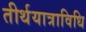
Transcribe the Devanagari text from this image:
तीर्थयात्राविधि